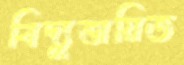
বিদ্যুত্তায়িত